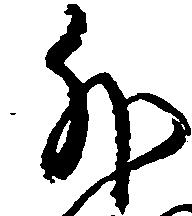
外